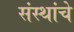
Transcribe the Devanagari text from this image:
संस्‍थांचे